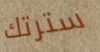
سترتك